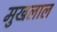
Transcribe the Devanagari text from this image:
मुखलाल